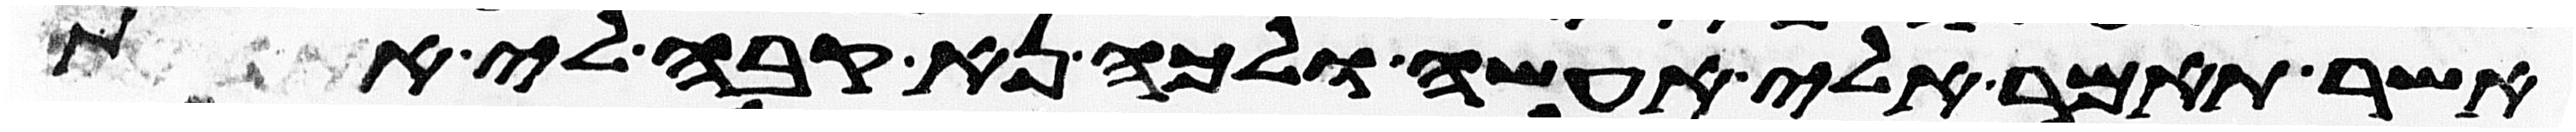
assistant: אשר תאמר אלי אעשה ולכה נא קבה לי את